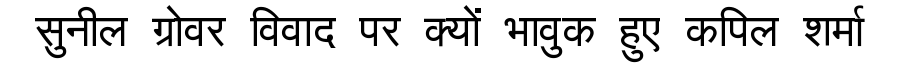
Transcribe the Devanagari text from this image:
सुनील ग्रोवर विवाद पर क्यों भावुक हुए कपिल शर्मा